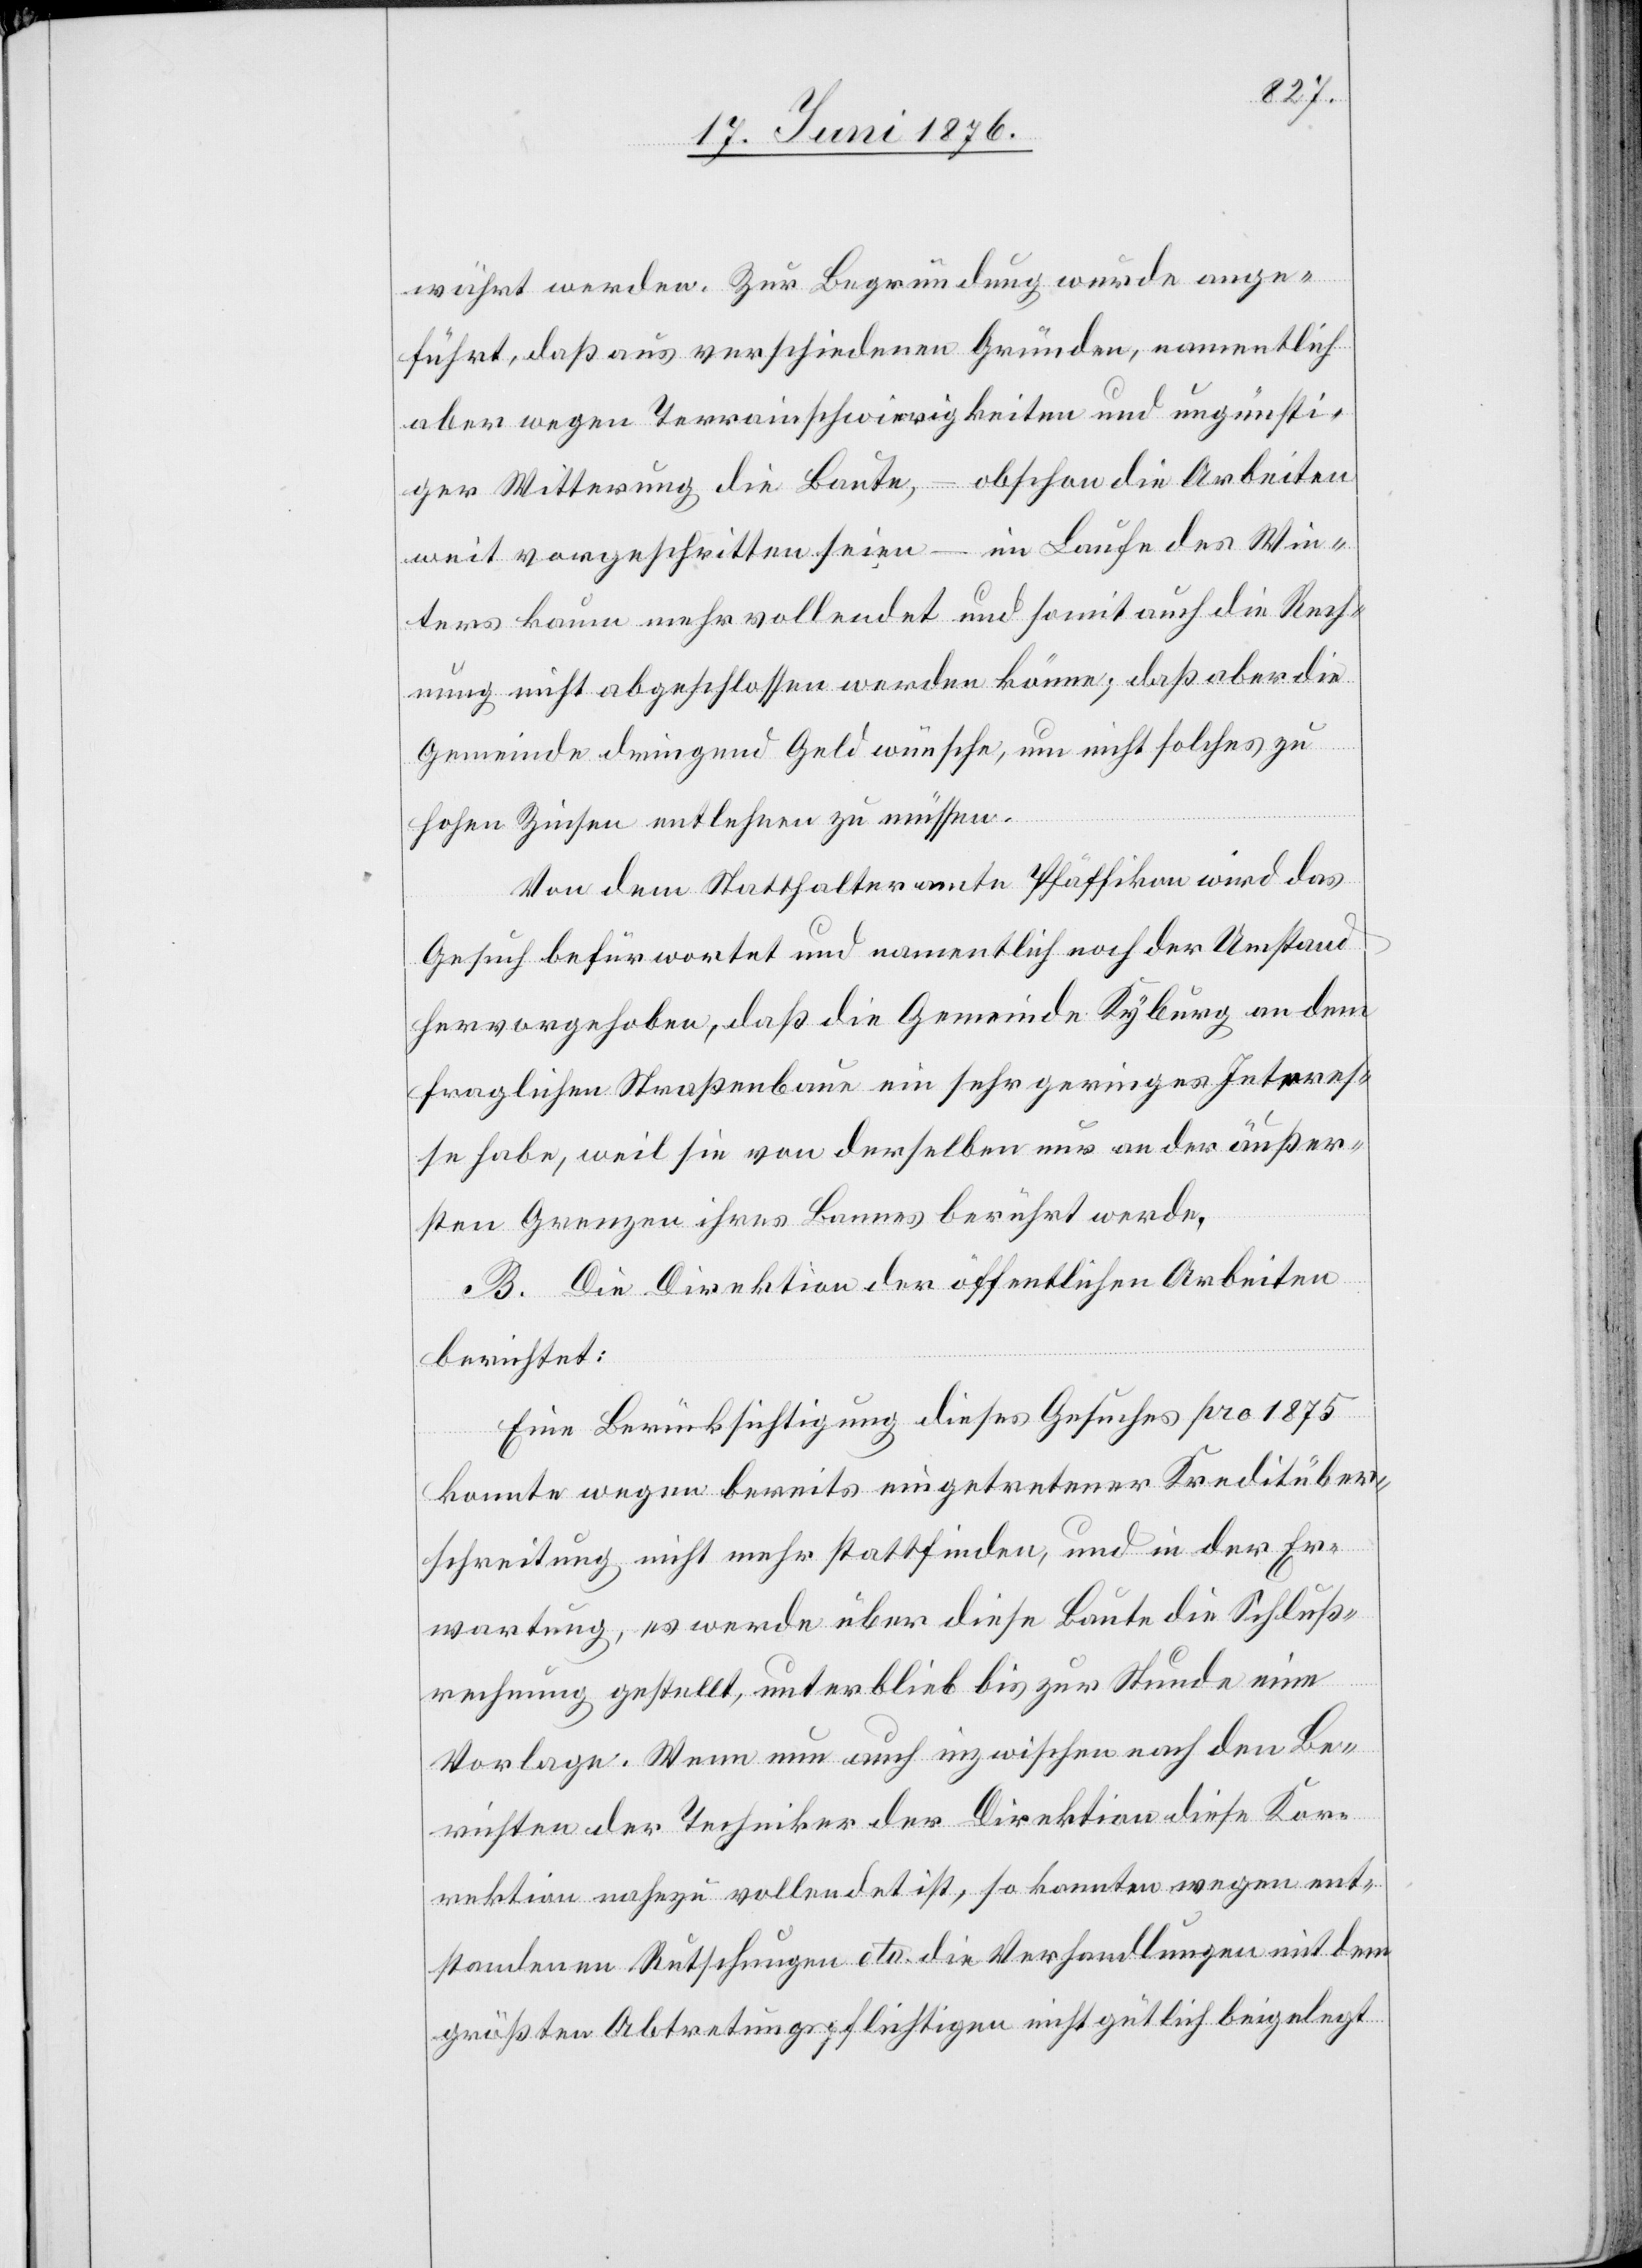
währt werden. Zur Begründung wurde ange¬
führt, daß aus verschiedenen Gründen, namentlich
aber wegen Terrainschwierigkeiten und ungünsti¬
ger Witterung die Baute, – obschon die Arbeiten
weit vorgeschritten seien – im Laufe des Win¬
ters kaum mehr vollendet und somit auch die Rech¬
nung nicht abgeschlossen werden könne; daß aber die
Gemeinde dringend Geld wünsche, um nicht solches zu
hohen Zinsen entlehnen zu müssen.
Von dem Statthalteramte Pfäffikon wird das
Gesuch befürwortet und namentlich noch der Umstand
hervorgehoben, daß die Gemeinde Kyburg an dem
fraglichen Straßenbaue ein sehr geringes Interes¬
se habe, weil sie von derselben nur an den äußer¬
sten Grenzen ihres Bannes berührt werde.
B. Die Direktion der öffentlichen Arbeiten
berichtet:
Eine Berücksichtigung dieses Gesuches pro 1875
konnte wegen bereits eingetretener Kreditüber¬
schreitung nicht mehr stattfinden, und in der Er¬
wartung, es werde über diese Baute die Schluß¬
rechnung gestellt, unterblieb bis zur Stunde eine
Vorlage. Wenn nun auch inzwischen nach den Be¬
richten der Techniker der Direktion diese Kor¬
rektion nahezu vollendet ist, so konnten wegen ent¬
standenen Rutschungen etc. die Verhandlungen mit dem
größten Abtretungspflichtigen nicht gütlich beigelegt